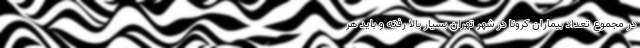
در مجموع تعداد بیماران کرونا در شهر تهران بسیار بالا رفته و باید هر